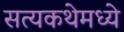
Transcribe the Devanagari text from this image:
सत्यकथेमध्ये